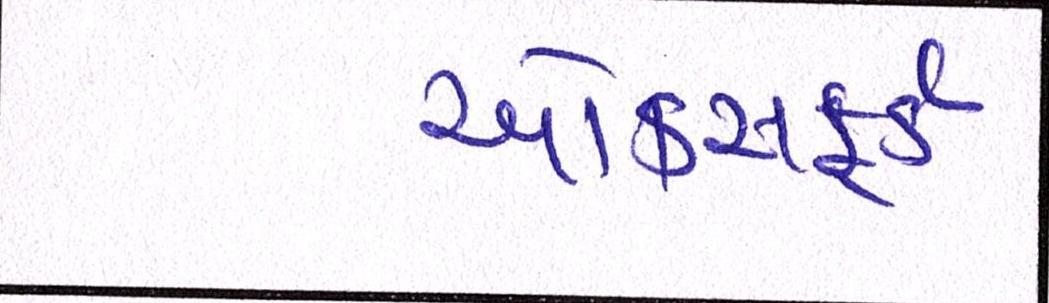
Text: ઓકસફર્ડ